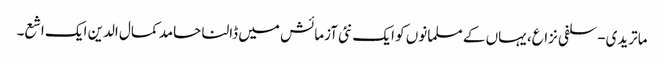
ماتریدی-سلفی نزاع، یہاں کے مسلمانوں کو ایک نئی آزمائش میں ڈالنا حامد کمال الدین ایک اشع۔